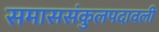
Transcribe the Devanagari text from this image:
समाससंकुलपदावली